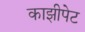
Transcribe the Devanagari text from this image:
काझीपेट